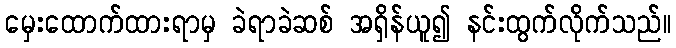
မှေးထောက်ထားရာမှ ခဲရာခဲဆစ် အရှိန်ယူ၍ နင်းထွက်လိုက်သည်။